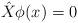
LaTeX: \begin{align*}\hat X \phi(x) &= 0\end{align*}